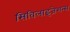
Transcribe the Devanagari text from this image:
सिविलाइजेशन्स